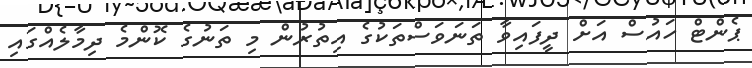
ޕެންޓް ހައުސް އަށް ދީފައިވާ ތަނަވަސްތަކުގެ އިތުރުން މި ތަނުގެ ކޮންމެ ދިމާލެއްގައި